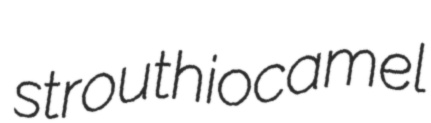
strouthiocamel